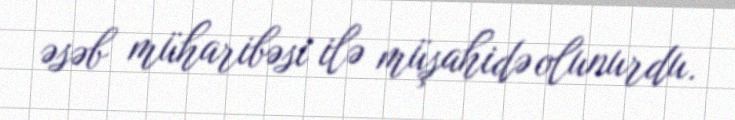
əsəb müharibəsi ilə müşahidə olunurdu.